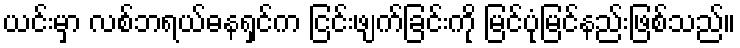
ယင်းမှာ လစ်ဘရယ်ဓနရှင်က ငြင်းဖျက်ခြင်းကို မြင်ပုံမြင်နည်းဖြစ်သည်။